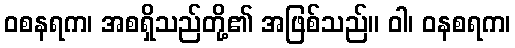
ဝစနရက၊ အစရှိသည်တို့၏ အဖြစ်သည်။ ဝါ၊ ဝနစရက၊